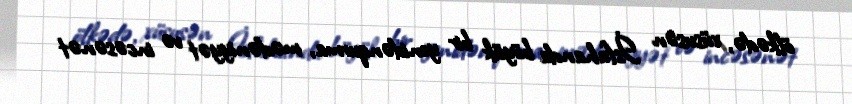
ölkədə, xüsusən İsfahanda böyük bir yenidənqurma, mədəniyyət və incəsənət